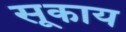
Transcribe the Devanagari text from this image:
सूकाय